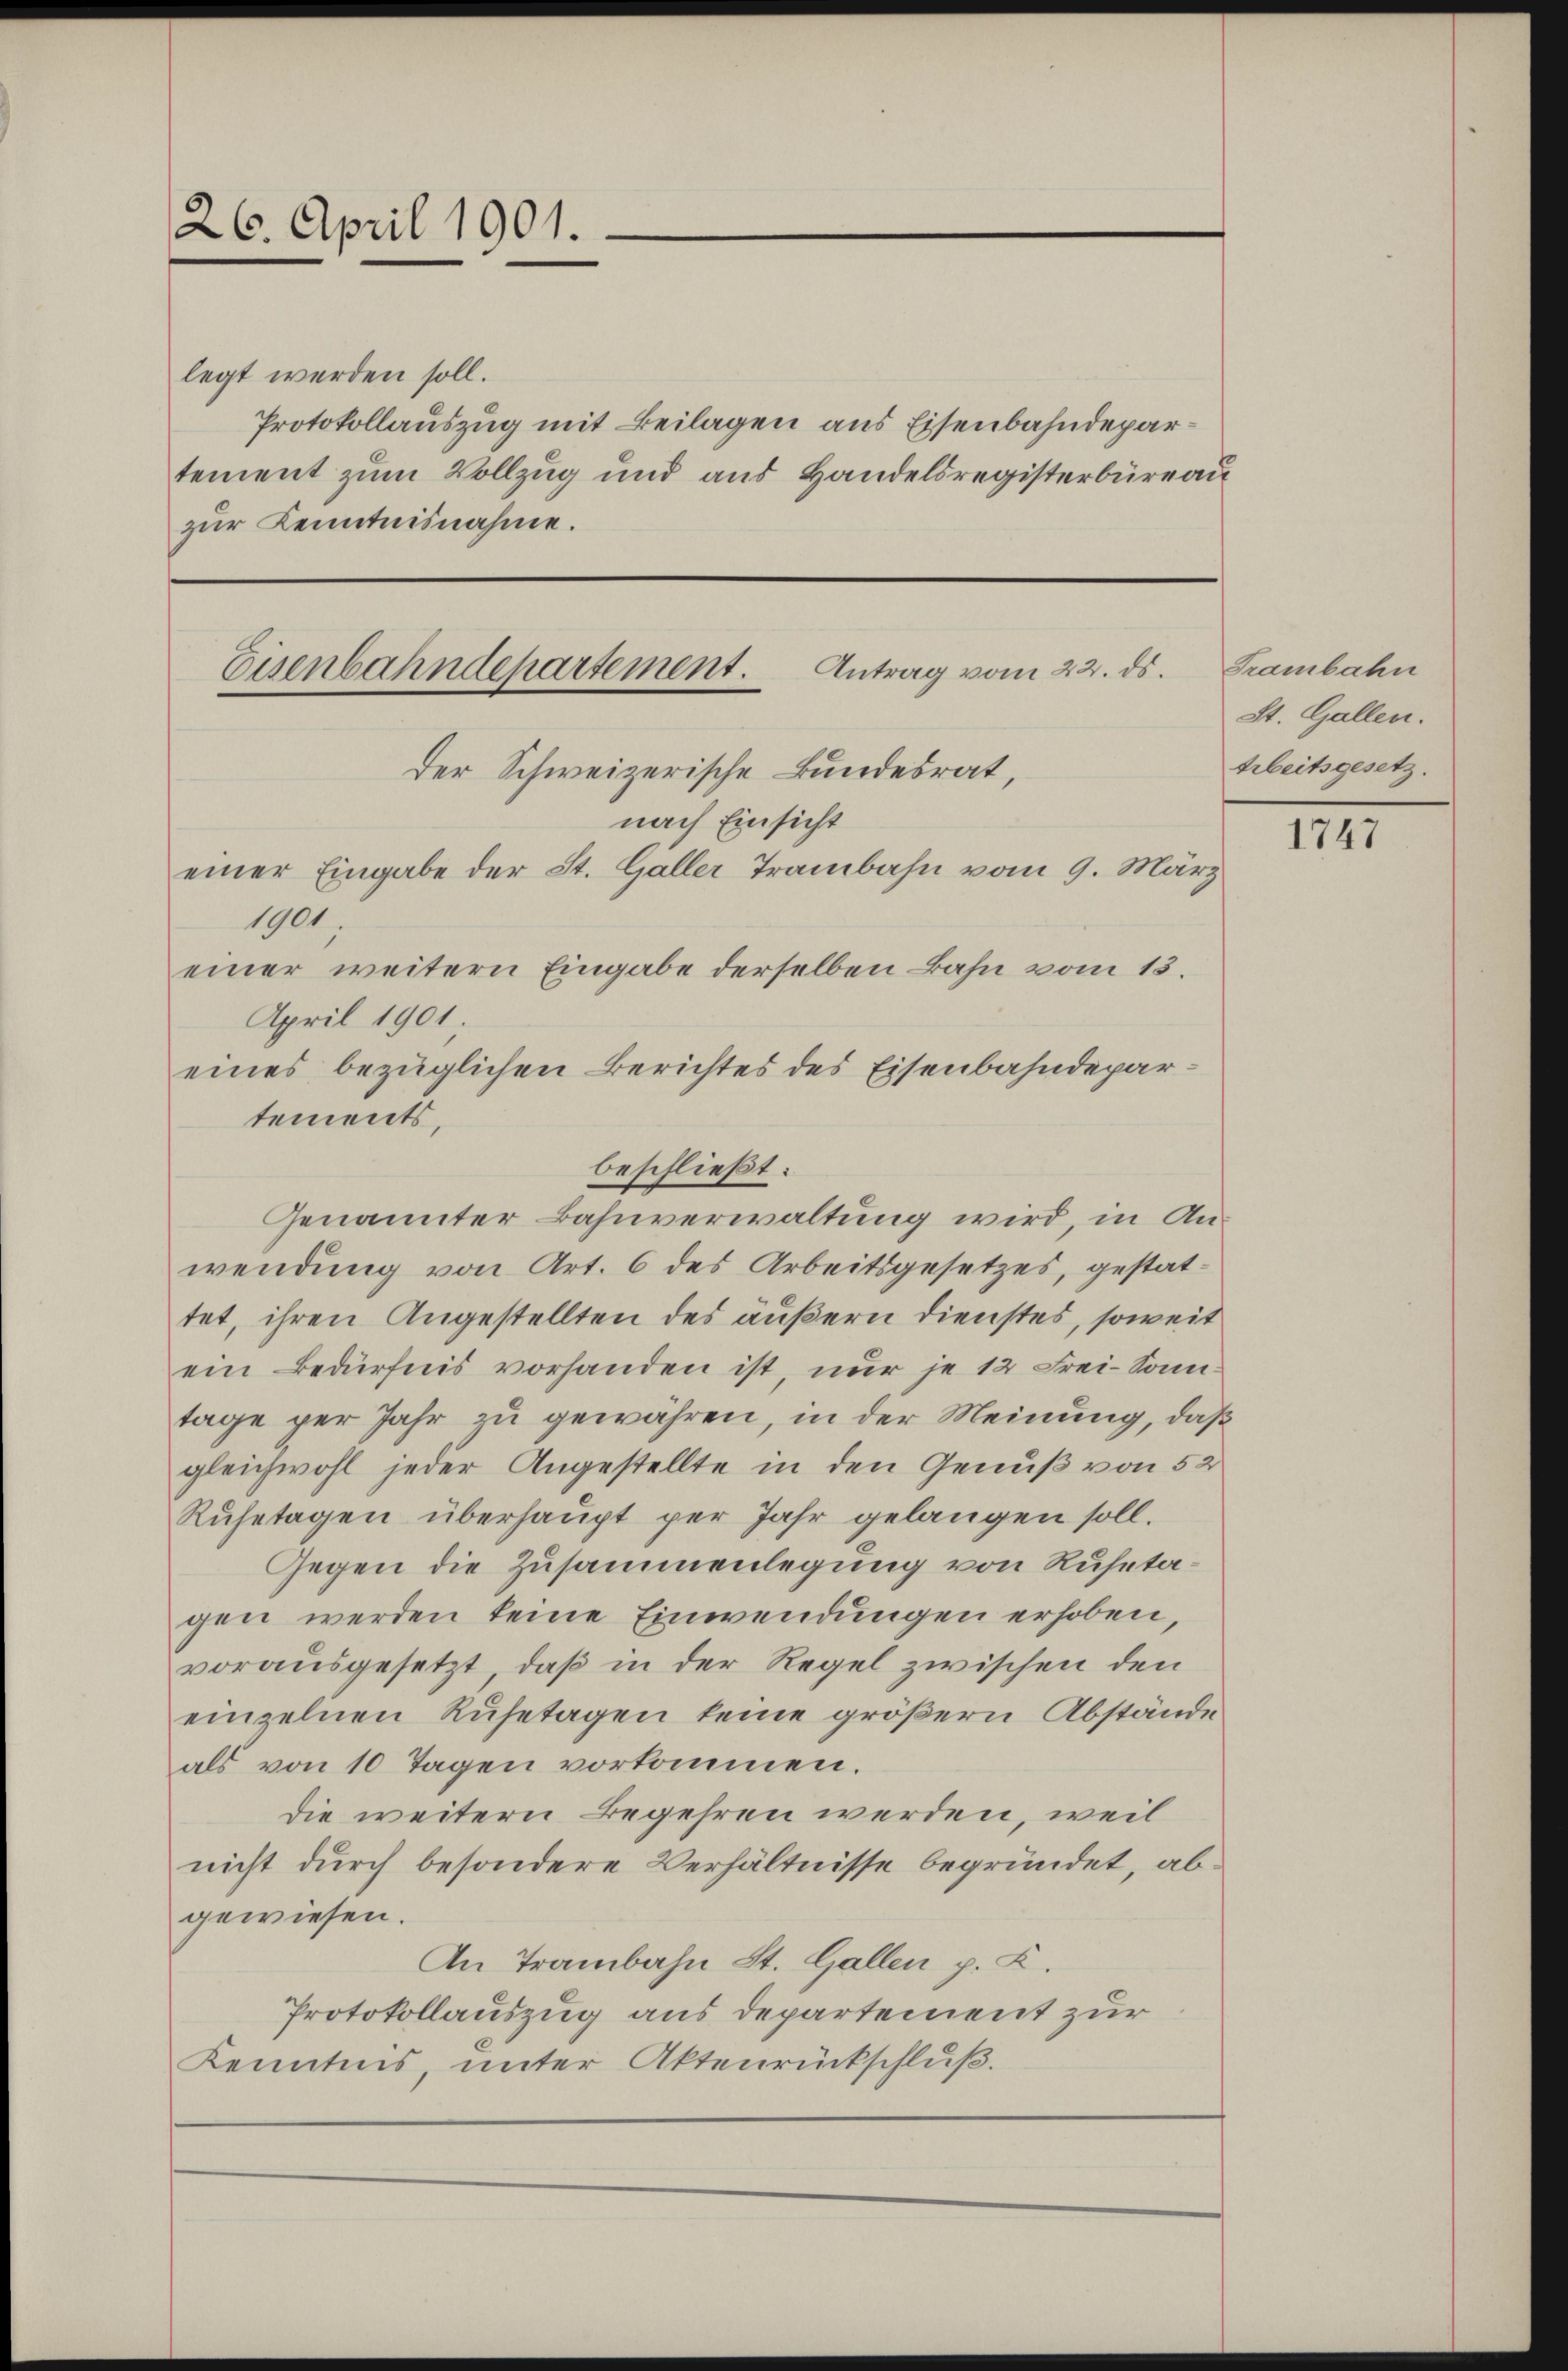
26. April 1901.

legt werden soll.
Protokollauszug mit Beilagen aus Eisenbahndepartement zum Vollzug und aus Handelsregisterbüreau
zur Kenntnisnahme.

Eisenbahndepartement. Antrag vom 22. ds.
Der Schweizerische Bundesrat,
nach Einsicht

1901.
einer weitern Eingabe derselben Bahn vom 13.
April 1901.
tements,
wendung von Art. 6 des Arbeitsgesetzes, gestattet, ihren Angestellten des äußern Dienstes, soweit
ein Bedürfnis vorhanden ist, nur je 12 Frei-Sonntage per Jahr zu gewähren, in der Meinung, daß
gleichwohl jeder Angestellte in den Genuß von 52
Ruhetagen überhaupt per Jahr gelangen soll.
Gegen die Zusammenlegung von Ruhetagen werden keine Einwendungen erhoben,
vorausgesetzt, daß in der Regel zwischen den
einzelnen Ruhetagen keine größern Abstände
als von 10 Tagen vorkommen.
die weitern Begehren werden, weil
nicht durch besondere Verhältnisse begründet, abgewiesen.
An Trambahn St. Gallen p. K.
Protokollauszug aus departement zur
Kenntnis, unter Aktenrückschluß.

einer Eingabe der St. Galler Trambahn vom 9. März

eines bezüglichen Berichtes des Eisenbahndeparbeschließt:
Genannter Bahnverwaltung wird, in An¬

Trambahn
St. Gallen.
Arbeitsgesetz.

1747